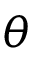
\theta